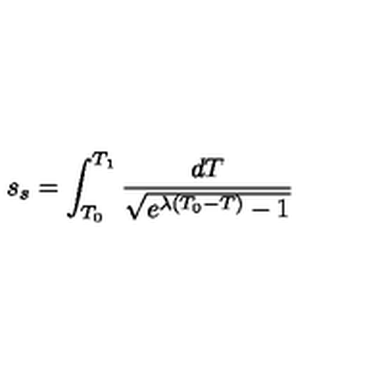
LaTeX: s _ { s } = \int _ { T _ { 0 } } ^ { T _ { 1 } } \frac { d T } { \sqrt { e ^ { \lambda ( T _ { 0 } - T ) } - 1 } }